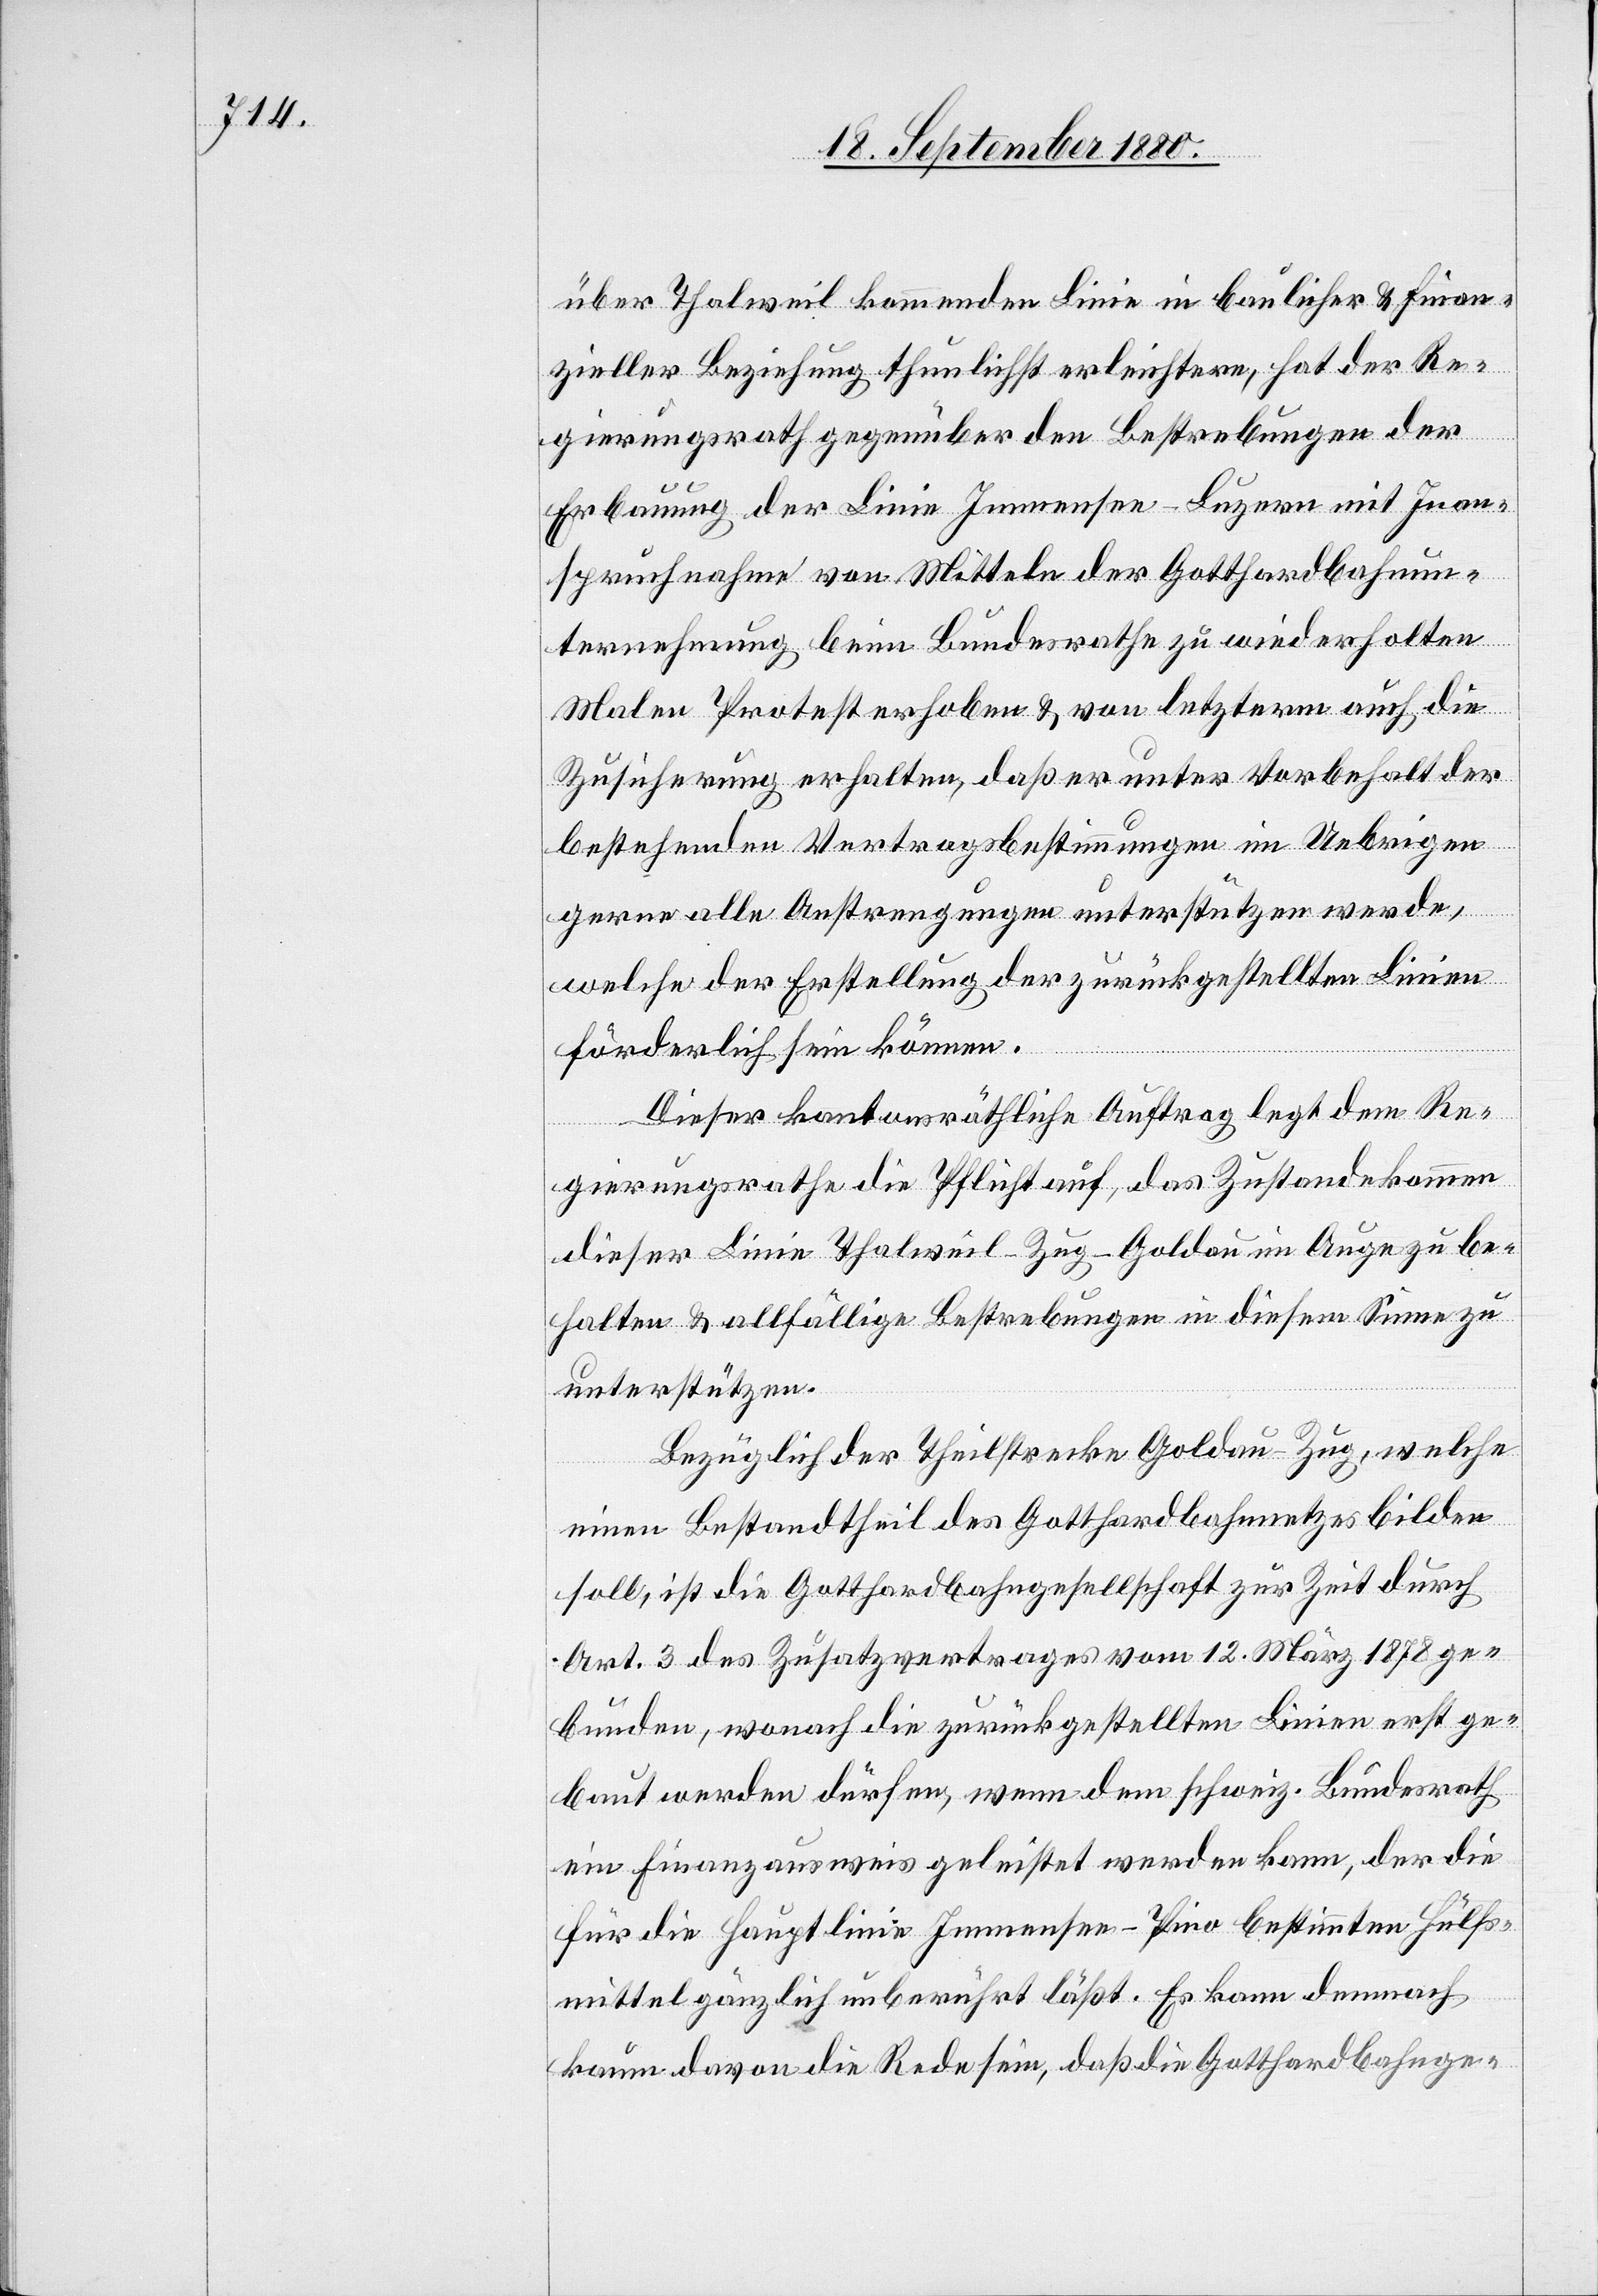
über Thalweil kommenden Linie in baulicher & finan¬
zieller Beziehung thunlichst erleichtern, hat der Re¬
gierungsrath gegenüber den Bestrebungen der
Erbauung der Linie Immensee–Luzern mit Inan¬
spruchnahme von Mitteln der Gotthardbahnun¬
ternehmung beim Bundesrathe zu wiederholten
Malen Protest erhoben & von letzterm auch die
Zusicherung erhalten, daß er unter Vorbehalt der
bestehenden Vertragsbestimmungen im Uebrigen
gerne alle Anstrengungen unterstützen werde,
welche der Erstellung der zurückgestellten Linie
förderlich sein können.
Dieser kantonsräthliche Auftrag legt dem Re¬
gierungsrathe die Pflicht auf, das Zustandekommen
dieser Linie Thalweil–Zug–Goldau im Auge zu be¬
halten & allfällige Bestrebungen in diesem Sinne zu
unterstützen.
Bezüglich der Theilstrecke Goldau–Zug, welche
einen Bestandtheil des Gotthardbahnnetzes bilden
soll, ist die Gotthardbahngesellschaft zur Zeit durch
Art. 3 des Zusatzvertrages vom 12. März 1878 ge¬
bunden, wonach die zurückgestellten Linien erst ge¬
baut werden dürfen, wenn dem schweiz. Bundesrath
ein Finanzausweis gleistet werden kann, der die
für die Hauptlinie Immensee–Pino bestimmten Hülfs¬
mittel gänzlich unberührt läßt. Es kann demnach
kaum davon die Rede sein, daß die Gotthardbahnge-